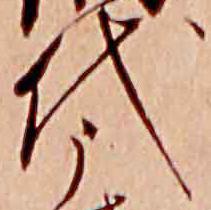
代